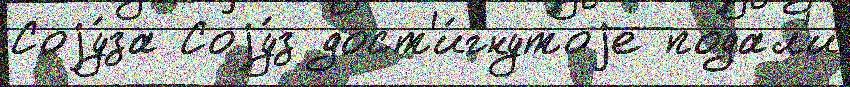
Соjу́за Соjу́з дост'и́гнутоjе подал'и